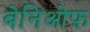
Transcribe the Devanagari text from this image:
बेनिओफ़